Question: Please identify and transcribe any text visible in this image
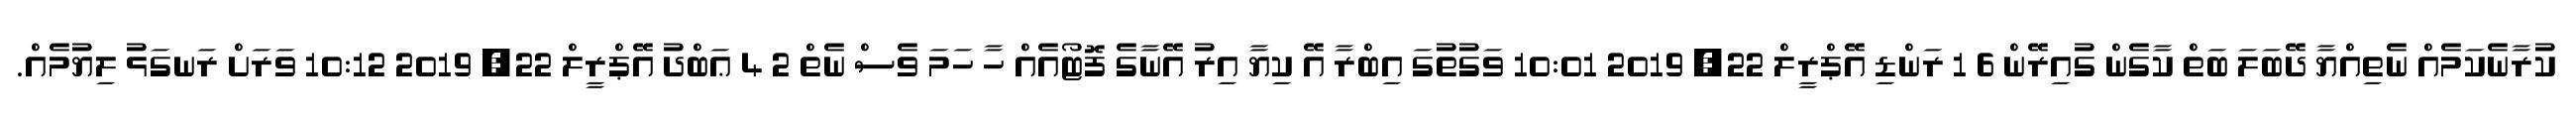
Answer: ކުރާނެކަމެއް ނެތިއްޔާ ދޭބަލަ ބަތް ކާގެން ގުއިރޭން 6 1 ރަންޑި އޭޕްރީލް 22, 2019 10:01 ވަގުތުގަ އިބްރާ އޭ ކިޔާ އިރު އޭނާގެ ފޮޓޯއެއް ހާ ހަމަ ވެސް ނެތް 2 4 ޢަބްދު އޭޕްރީލް 22, 2019 10:12 ވަރަށް ރަނގަޅު ލިޔުމެއް.